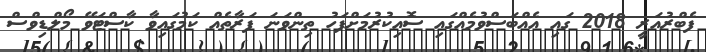
ފެބްރުއަރީ 2018 ގައި އެއްބަސްވުމެއްގައި ސޮއިކުރުމަށްފަހު ތިންވަނަ ފަރާތެއް ކަމުގައިވާ ކާސްޓަވޭ މޯލްޑިވްސް